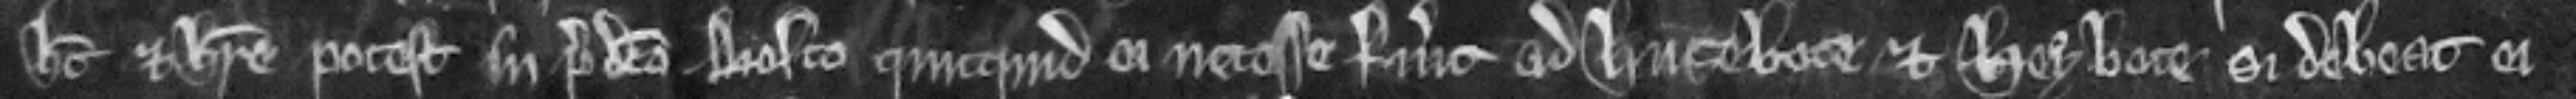
habet et habere potest in predicto bosco quicquid ei necesse fuerit ad husebote et heybote si debeat ei